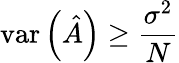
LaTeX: \mathrm{var}\left({\hat{A}}\right)\geq{\frac{\sigma^{2}}{N}}